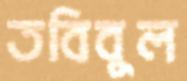
তবিবুল